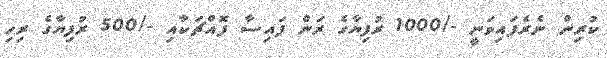
ކުރިން ނެރެފައިވަނީ -/1000 ރުފިޔާގެ ރަން ފައިސާ ފޮއްޗަކާއި -/500 ރުފިޔާގެ ރިހި